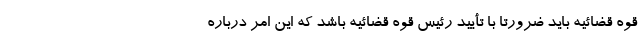
قوه قضائیه باید ضرورتا با تأیید رئیس قوه قضائیه باشد که این امر درباره